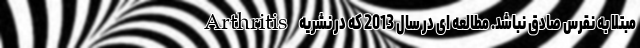
مبتلا به نقرس صادق نباشد. مطالعه ای در سال 2013 که در نشریه Arthritis